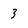
Character: 3